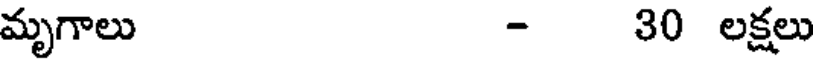
మృగాలు - 30 లక్షలు